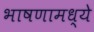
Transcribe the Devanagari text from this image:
भाषणामध्ये